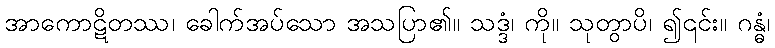
အာကောဋိတဿ၊ ခေါက်အပ်သော အသပြာ၏။ သဒ္ဒံ၊ ကို။ သုတွာပိ၊ ၍၎င်း။ ဂန္ဓံ၊